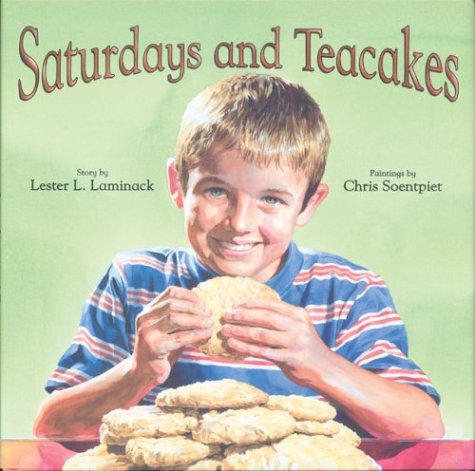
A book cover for Saturdays and Tea Cakes; Lester Laminack; Children's Books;